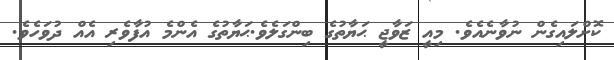
ކޮށްލައިގެން ނުވާނެއެވެ. މިއީ ޒަވާޖީ ޙަޔާތުގެ ބިންގަލެވެ.ޙަޔާތުގެ އެންމެ އުފާވެރި އެއް ދުވަހެވެ.